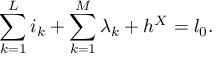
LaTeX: \sum _ { k = 1 } ^ { L } i _ { k } + \sum _ { k = 1 } ^ { M } \lambda _ { k } + h ^ { X } = l _ { 0 } .